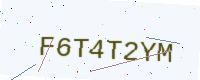
Text: F6T4T2YM